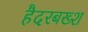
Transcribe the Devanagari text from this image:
हैदरबख्श